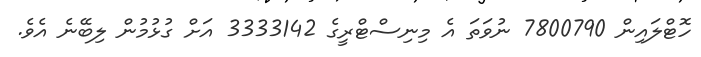
ހޮޓްލައިން 7800790 ނުވަތަ އެ މިނިސްޓްރީގެ 3333142 އަށް ގުޅުމުން ލިބޭނެ އެެވެ.